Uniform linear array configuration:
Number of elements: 64
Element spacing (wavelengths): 0.25
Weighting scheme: binomial
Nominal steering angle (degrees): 60
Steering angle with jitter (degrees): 58.263
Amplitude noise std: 0.05
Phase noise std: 0.05

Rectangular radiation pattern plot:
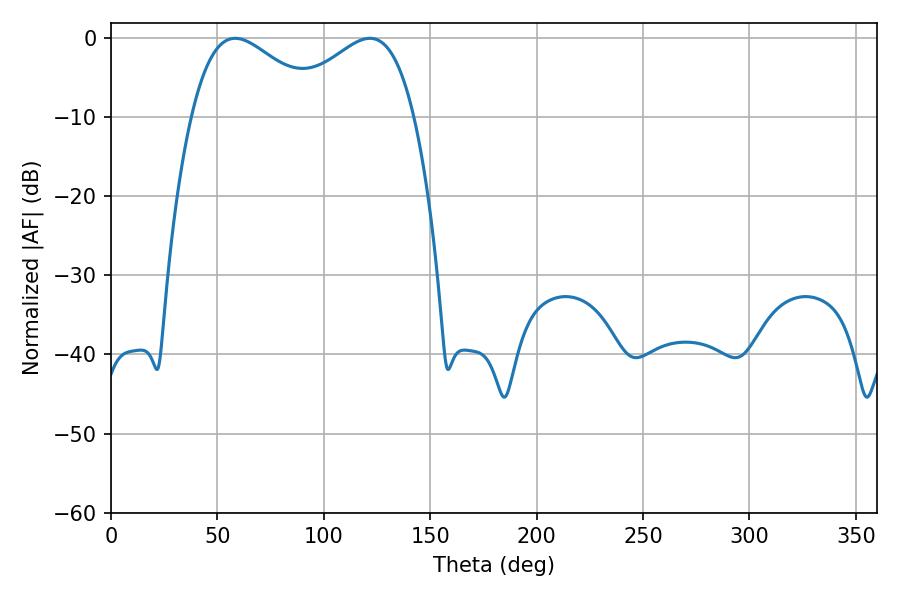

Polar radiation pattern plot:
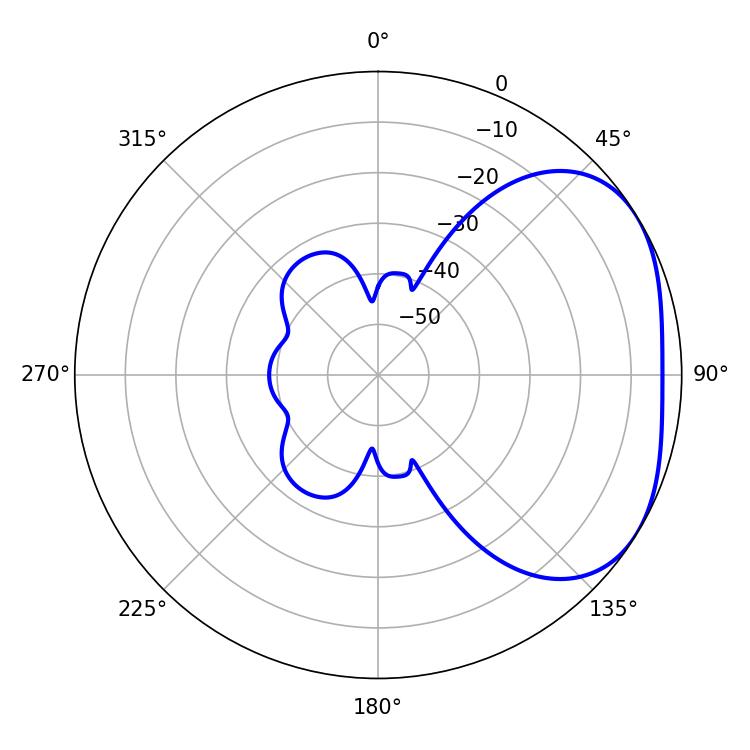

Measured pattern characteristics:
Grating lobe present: FALSE
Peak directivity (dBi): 2.908
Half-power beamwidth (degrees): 33.48
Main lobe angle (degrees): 58.32